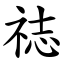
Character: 䄊